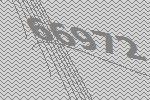
66972